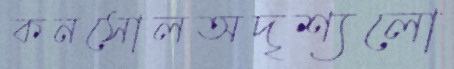
কনসোলঅদৃশ্যলো